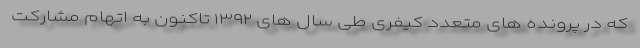
که در پرونده های متعدد کیفری طی سال های ۱۳۹۲ تاکنون به اتهام مشارکت